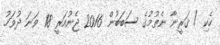
ހެކި / ޤަރީނާ ނެތުމުގެ ސަބަބުން 2016 ޖެނުއަރީ 18 ވަނަ ދުވަހު